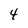
Character: 4